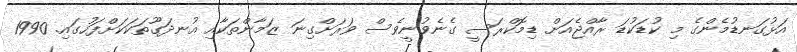
އަޅުގަނޑުމެންގެ މި ކުޑަކުޑަ ރާއްޖެއަށް ޑިމޮކްރަސީ ގެނެވުނީވެސް ވަރަށްގިނަ ޒަމާންތަކާއި އުނދަގޫތަކަކަށްފަހުގައި. 1990